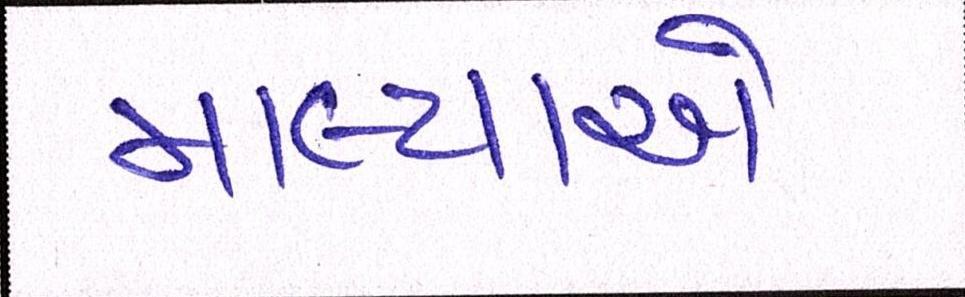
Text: માલ્યાએ